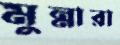
মুন্নারা